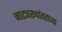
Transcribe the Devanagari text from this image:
नाट्यरूपांतराच्या